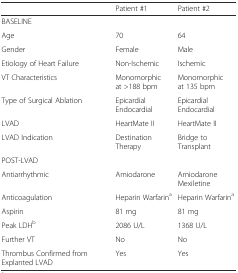
<table><thead><tr><td></td><td><b>Patient #1</b></td><td><b>Patient #2</b></td></tr></thead><tbody><tr><td colspan="3">BASELINE</td></tr><tr><td>Age</td><td>70</td><td>64</td></tr><tr><td>Gender</td><td>Female</td><td>Male</td></tr><tr><td>Etiology of Heart Failure</td><td>Non-Ischemic</td><td>Ischemic</td></tr><tr><td>VT Characteristics</td><td>Monomorphic at &gt;188 bpm</td><td>Monomorphic at 135 bpm</td></tr><tr><td>Type of Surgical Ablation</td><td>Epicardial Endocardial</td><td>Epicardial Endocardial</td></tr><tr><td>LVAD</td><td>HeartMate II</td><td>HeartMate II</td></tr><tr><td>LVAD Indication</td><td>Destination Therapy</td><td>Bridge to Transplant</td></tr><tr><td colspan="3">POST-LVAD</td></tr><tr><td>Antiarrhythmic</td><td>Amiodarone</td><td>Amiodarone Mexiletine</td></tr><tr><td>Anticoagulation</td><td>Heparin Warfarin<sup>a</sup></td><td>Heparin Warfarin<sup>a</sup></td></tr><tr><td>Aspirin</td><td>81 mg</td><td>81 mg</td></tr><tr><td>Peak LDH<sup>b</sup></td><td>2086 U/L</td><td>1368 U/L</td></tr><tr><td>Further VT</td><td>No</td><td>No</td></tr><tr><td>Thrombus Confirmed from Explanted LVAD</td><td>Yes</td><td>Yes</td></tr></tbody></table>